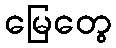
မြေတွေ